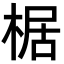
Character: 椐